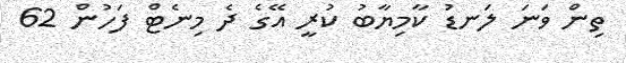
ތިން ވަނަ ލަނޑު ކާމިޔާބު ކުރީ އޭގެ ދެ މިނެޓް ފަހުން 62